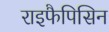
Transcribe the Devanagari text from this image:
राइफैपिसिन